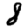
Digit: 8